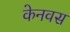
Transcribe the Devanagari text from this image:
केनवस